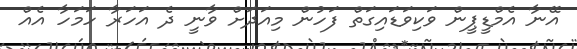
އޭނާ އެމްޑީޕީން ވަކިވަޑައިގަތް ފަހުން މިއަދަށް ވާނީ ދެ އަހަރާ ހަމަހާ އެއް